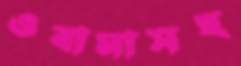
ওবামাসহ